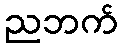
ညဘက်